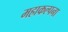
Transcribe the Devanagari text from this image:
महाकल्पना